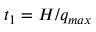
t _ { 1 } = H / q _ { m a x }